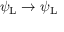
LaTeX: \psi _ { \mathrm { { L } } } \rightarrow \psi _ { \mathrm { { L } } }